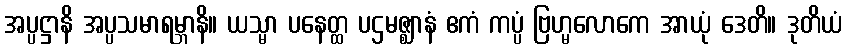
အပ္ပဋ္ဌာနိ အပ္ပသမာရမ္ဘာနိ။ ယသ္မာ ပနေတ္ထ ပဌမဇ္ဈာနံ ဧကံ ကပ္ပံ ဗြဟ္မလောကေ အာယုံ ဒေတိ။ ဒုတိယံ